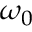
\omega _ { 0 }